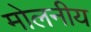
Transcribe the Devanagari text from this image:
मोलनीय